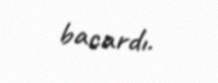
bacardı.